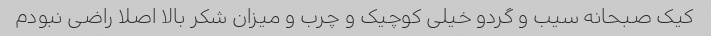
کیک صبحانه سیب و گردو خیلی کوچیک و چرب و میزان شکر بالا اصلا راضی نبودم